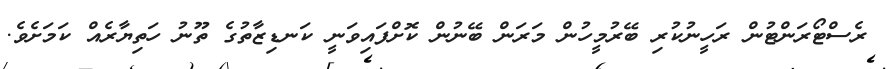
ރެސްޓޯރަންޓުން ރަހީނުކުރި ބޭރުމީހުން މަރަން ބޭނުން ކޮށްފައިވަނީ ކަނޑިޒާތުގެ ތޫނު ހަތިޔާރެއް ކަމަށެވެ.